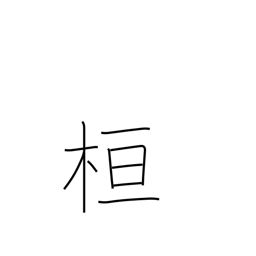
Meaning: marking post